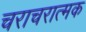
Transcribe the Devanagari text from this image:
चराचरात्मक